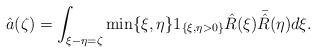
LaTeX: \begin{align*}\hat{a}(\zeta) = \int_{\xi-\eta = \zeta} \min\{ \xi,\eta\} 1_{\{\xi,\eta > 0\}} \hat R(\xi) \bar {\hat R}(\eta) d\xi.\end{align*}